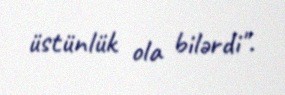
üstünlük ola bilərdi".